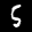
Label: 5